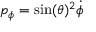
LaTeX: p _ { \phi } = \sin ( \theta ) ^ { 2 } { \dot { \phi } }